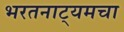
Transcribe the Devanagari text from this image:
भरतनाट्यमचा